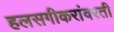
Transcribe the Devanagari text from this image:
हलसगीकरांवरती